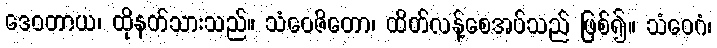
ဒေဝတာယ၊ ထိုနတ်သားသည်။ သံဝေဇိတော၊ ထိတ်လန့်စေအပ်သည် ဖြစ်၍။ သံဝေဂံ၊